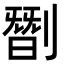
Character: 㔆